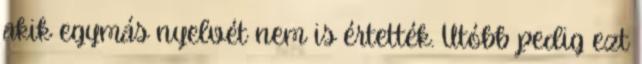
akik egymás nyelvét nem is értették. Utóbb pedig ezt